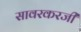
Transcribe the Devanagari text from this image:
सावरकरजी